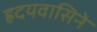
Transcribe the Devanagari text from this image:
ह्रदयवासिने